Lunatic asylums Punjab 1881-1894 - 1881-1894
Year: 1881
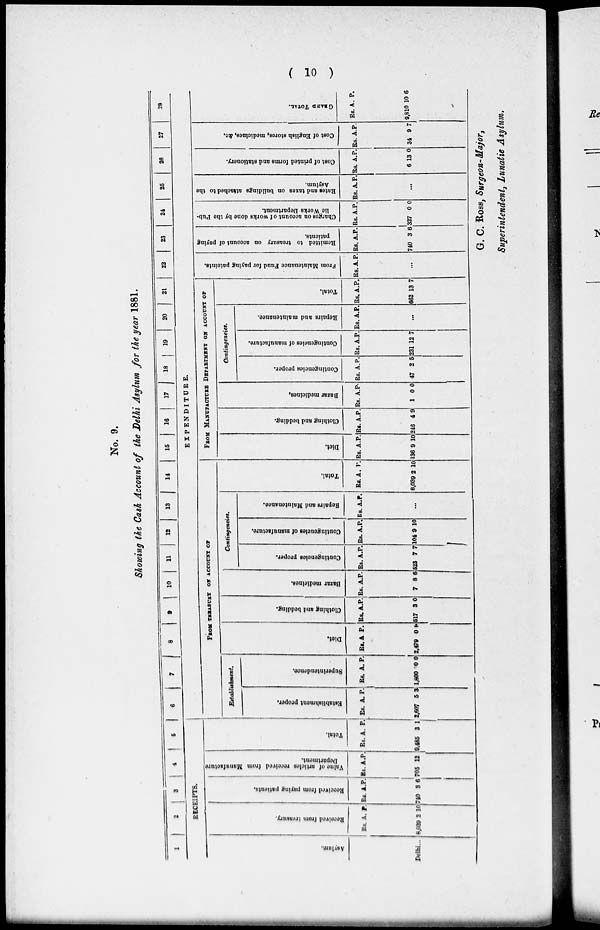
( 10 )
No. 9.
Showing the Cash Account of the Delhi Asylum for the year 1881.
1
2
3
4 5
RECEIPTS.
Asylum.
Delhi...
Received from treasury.
Rs.
6,039
A.
2
P.
10
Received from paying patients.
Rs.
740
A.
3
P.
6
Val ue o f a r t i c l e s r e c e i v e d f r om Ma n u f
a c tu
r
e
De pa r
t
me nt .
Rs.
705
A.
12
P.
Tot al .
Rs.
9,485
A.
3
P.
1
6 7 8
9
10 11 l2 13 14 15 16 17 18 19 20 21 22 23 24 25 26 27 28
EXPENDITURE.
FROM TREASURY ON ACCOUNT OF
Establishment.
Establishment proper.
Rs.
2,607
A.
5
P.
3
Superintendence.
Rs.
1,800
A.
0
P.
0
Diet.
Rs.
2,479
A.
0
P.
8
Clothing and bedding.
Rs.
517
A.
3
P.
0
Bazar medicines.
Rs.
7
A.
8
P.
6
Contingencies.
Contingencies proper.
Rs.
523
A.
7
P.
7
Contingencies of manufacture.
Rs.
104
A.
9
P.
10
Repairs and Maintenance.
Rs. A. P.
...
Total.
Rs.
8,039
A.
2
P.
10
FROM MANUFACTURE DEPARTMENT ON ACCOUNT OF
Diet.
Rs.
136
A.
9
P.
10
Clothing and bedding.
Rs.
246
A.
4
P.
9
Bazar medicines,
Rs.
1
A.
0
P.
0
Contingencies.
Contingencies proper.
Rs.
47
A.
2
P.
5
Contingencies of manufacture.
Rs.
231
A.
12
P.
7
Repairs and maintenance.
Rs. A. P.
...
Total.
Rs.
662
A.
13
P.
7
From
Maintenance Fund for paying pateints.
Rs. A. P.
...
Remitted to treasury on account of paying
patients.
Rs.
740
A.
3
P.
6
Charges on account of works done by the Pub-
lic Works Department.
Rs.
327
A.
0
P.
0
Rates and taxes on buildings attached to the
Asylum.
Rs. A. P.
...
Cost of printed forms and stationery.
Rs.
6
A.
13
P.
0
Cost of English stores, medicines, &c.
Rs.
34
A.
9
P.
7
GRAND
TOTAL.
Rs.
9,810
A.
10
P.
6
G. C. Ross, Surgeon-Major,
Superintendent, Lunatic Asylum.